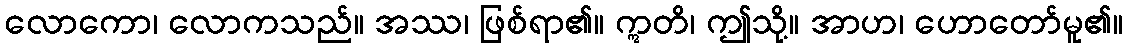
လောကော၊ လောကသည်။ အဿ၊ ဖြစ်ရာ၏။ ဣတိ၊ ဤသို့။ အာဟ၊ ဟောတော်မူ၏။